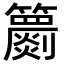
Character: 𥷙